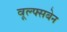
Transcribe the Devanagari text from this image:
वूल्फ्सबेन